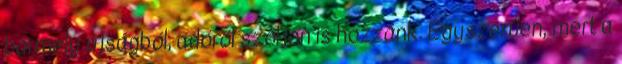
bármely újságból, adóról szóljon is hozzánk. Egyszerűen, mert a